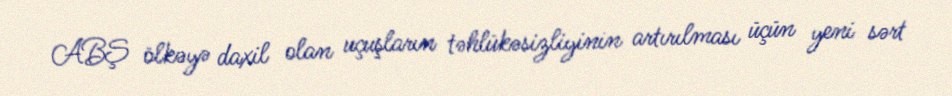
ABŞ ölkəyə daxil olan uçuşların təhlükəsizliyinin artırılması üçün yeni sərt